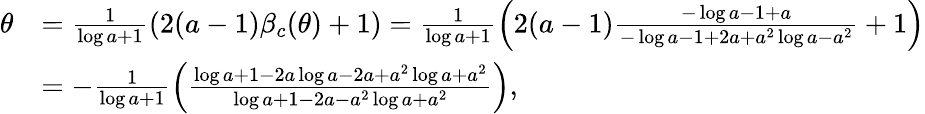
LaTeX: \begin{array}{rl}{\theta}&{=\frac{1}{\log a+1}\left(2(a-1)\beta_{c}(\theta)+1\right)=\frac{1}{\log a+1}\left(2(a-1)\frac{-\log a-1+a}{-\log a-1+2a+a^{2}\log a-a^{2}}+1\right)}\\ &{=-\frac{1}{\log a+1}\left(\frac{\log a+1-2a\log a-2a+a^{2}\log a+a^{2}}{\log a+1-2a-a^{2}\log a+a^{2}}\right),}\end{array}